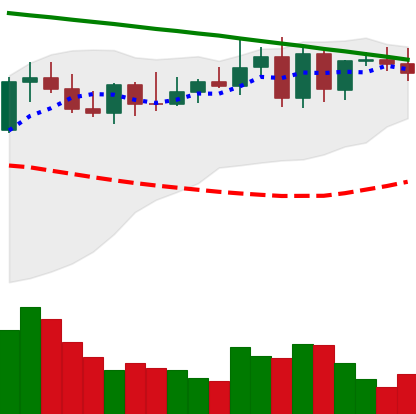
Ticker: XMR-USD
Chart end date: 2022-08-15
Forward return: -8.961%
Label: down_7plus